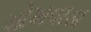
ચોખવાડા